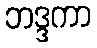
ဘဒ္ဒကာ